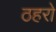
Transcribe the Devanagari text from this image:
ठहरो